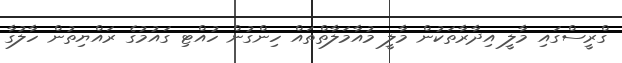
ގްރީސްގައި މާލީ އިދާރާތަކުން މާލީ މުއާމަލާތްތައް ހިންގުން ހުއްޓި ގައުމުގެ ރައްޔިތުން ހާލުގާ